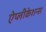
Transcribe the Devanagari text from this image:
ऐप्लीकेशन्स